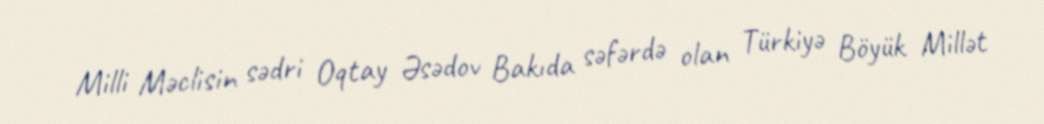
Milli Məclisin sədri Oqtay Əsədov Bakıda səfərdə olan Türkiyə Böyük Millət